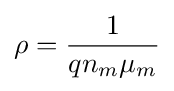
\rho ={\frac {1}{qn_{m}\mu _{m}}}